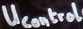
Text: UControl